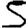
Digit: 5